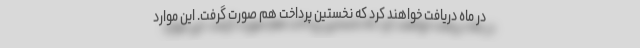
در ماه دریافت خواهند کرد که نخستین پرداخت هم صورت گرفت. این موارد